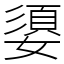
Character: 嬃